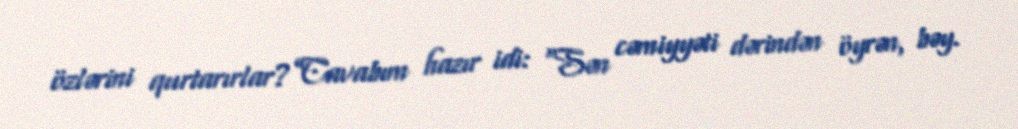
özlərini qurtarırlar?”Cavabım hazır idi: “Sən cəmiyyəti dərindən öyrən, bəy.